Indian journal of veterinary science and animal husbandry - Volume 12,
Year: 1942
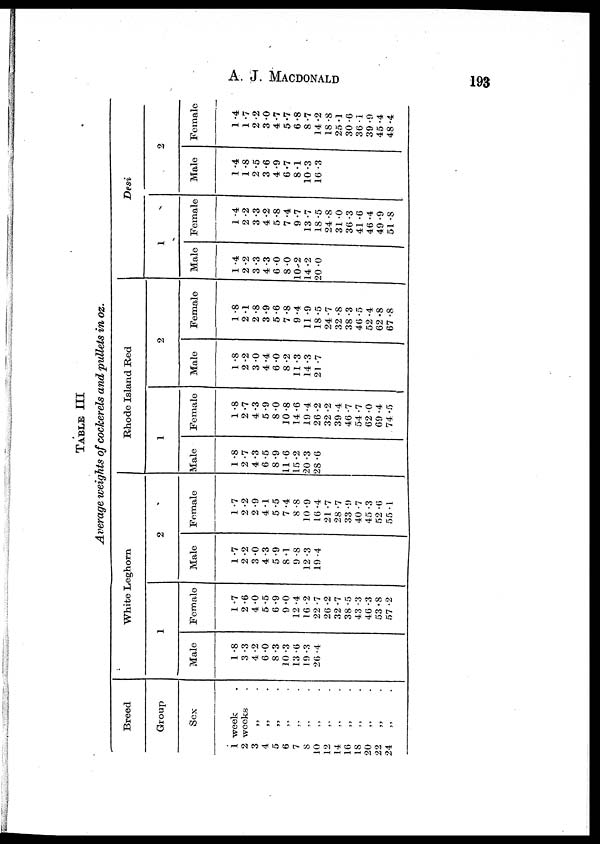
A.
J.
MACDONALD
193
TABLE III
Average weights of cockerels and pullets in oz.
Breed
Group
Sex
1 week .
2 weeks .
3 „ .
4
„ .
5
„ .
6 „ .
7 „ .
8 „ .
10 „ .
12 „ .
14 „ .
16 „ .
18 „ .
20 „ .
22
„ .
24 „ .
White Leghorn
1
Male
1.8
3.3
4.2
6.0
8.3
10.3
13.6
19.3
26.4
Female
1 .7
2.6
4.0
5.5
6.9
9.0
12 .4
16 .2
22.7
26.2
32.7
38.5
43.3
46.3
53.8
57.2
2
Male
1 .7
2.2
3.0
4.3
5.9
8 .1
9.8
12.3
19.4
Female
1.7
2.2
2.9
4.1
5.5
7.4
8.8
10.9
16.4
21.7
28.7
33.9
40.7
45.3
52.6
55.1
Rhode Island Red
1
Male
1.8
2.7
4.3
6.5
8.9
11.6
15.2
20.3
28.6
Female
1 .8
2.7
4.3
5.9
8.0
10.8
14.6
19.4
26.2
32.2
39.4
46.7
54.7
62.0
69.4
74.5
2
Male
1 .8
2.2
3.0
4.4
6.0
8.2
11.3
14.3
21 .7
Female
1 .8
2.1
2.8
3.9
5.6
7.8
9.4
11.9
18.5
24.7
32.8
38 .3
46 .5
52.4
62.8
67 .8
Desi
1
Male
1 .4
2.2
3.3
4.3
6.0
8.0
10.2
14.2
20.0
Female
1 .4
2.2
3.3
4.2
5.8
7.4
9.7
13.7
18.5
24.8
31 .0
36.3
41 .6
46.4
49.9
51 .8
2
Male
1 .4
1 .8
2.5
3.6
4.9
6.7
8.1
10.3
16 .3
Female
1 .4
1 .7
2.2
3.0
4.7
5.7
6.8
8.7
14.2
18.8
25.1
30.6
36 .1
39 .9
45.4
48.4